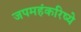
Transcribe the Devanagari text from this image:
जपमहंकरिष्ये